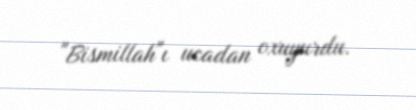
"Bismillah"ı ucadan oxuyurdu.